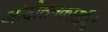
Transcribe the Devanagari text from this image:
आंदोलनकारईयों